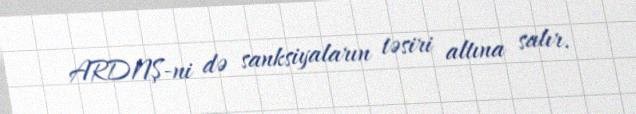
ARDNŞ-ni də sanksiyaların təsiri altına salır.